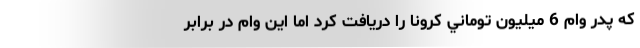
كه پدر وام 6 ميليون توماني كرونا را دريافت كرد اما اين وام در برابر